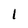
Character: l